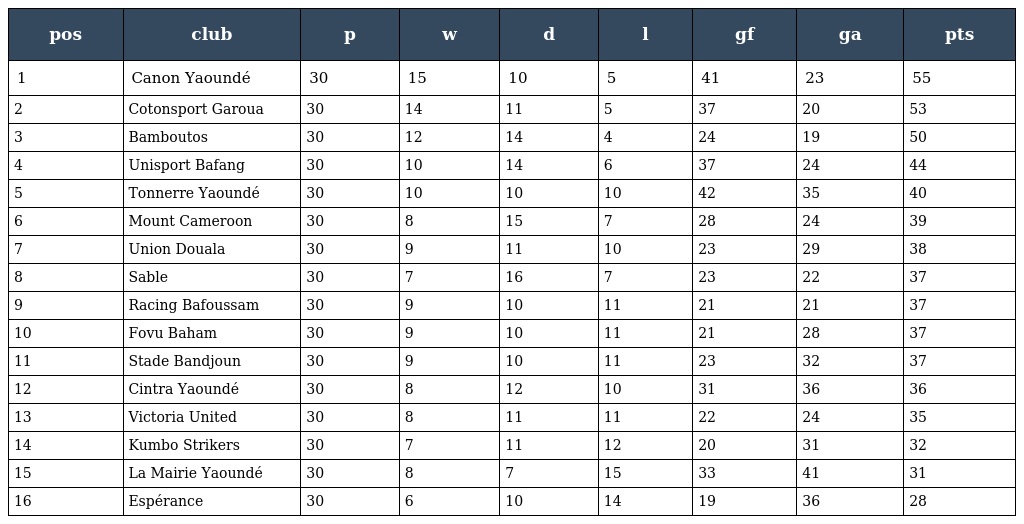
| pos | club | p | w | d | l | gf | ga | pts |
 | --- | --- | --- | --- | --- | --- | --- | --- | --- |
 | 1 | Canon Yaoundé | 30 | 15 | 10 | 5 | 41 | 23 | 55 |
 | 2 | Cotonsport Garoua | 30 | 14 | 11 | 5 | 37 | 20 | 53 |
 | 3 | Bamboutos | 30 | 12 | 14 | 4 | 24 | 19 | 50 |
 | 4 | Unisport Bafang | 30 | 10 | 14 | 6 | 37 | 24 | 44 |
 | 5 | Tonnerre Yaoundé | 30 | 10 | 10 | 10 | 42 | 35 | 40 |
 | 6 | Mount Cameroon | 30 | 8 | 15 | 7 | 28 | 24 | 39 |
 | 7 | Union Douala | 30 | 9 | 11 | 10 | 23 | 29 | 38 |
 | 8 | Sable | 30 | 7 | 16 | 7 | 23 | 22 | 37 |
 | 9 | Racing Bafoussam | 30 | 9 | 10 | 11 | 21 | 21 | 37 |
 | 10 | Fovu Baham | 30 | 9 | 10 | 11 | 21 | 28 | 37 |
 | 11 | Stade Bandjoun | 30 | 9 | 10 | 11 | 23 | 32 | 37 |
 | 12 | Cintra Yaoundé | 30 | 8 | 12 | 10 | 31 | 36 | 36 |
 | 13 | Victoria United | 30 | 8 | 11 | 11 | 22 | 24 | 35 |
 | 14 | Kumbo Strikers | 30 | 7 | 11 | 12 | 20 | 31 | 32 |
 | 15 | La Mairie Yaoundé | 30 | 8 | 7 | 15 | 33 | 41 | 31 |
 | 16 | Espérance | 30 | 6 | 10 | 14 | 19 | 36 | 28 |